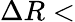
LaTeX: \Delta R<